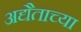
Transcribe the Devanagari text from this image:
अद्यैताच्या